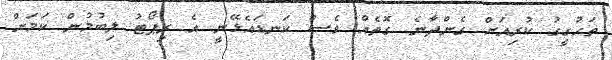
ތަހުގީގު ކުރިއަށް ގެންދާނެ ގޮތެއް ވެސް ކަނޑައެޅޭނީ އެ ރިޕޯޓު ލިބުމުން ކަމަށް